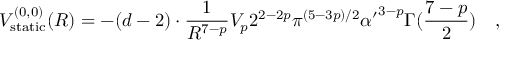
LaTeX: V _ { \mathrm { s t a t i c } } ^ { ( 0 , 0 ) } ( R ) = - ( d - 2 ) \cdot { \frac { 1 } { R ^ { 7 - p } } } V _ { p } 2 ^ { 2 - 2 p } \pi ^ { ( 5 - 3 p ) / 2 } { \alpha ^ { \prime } } ^ { 3 - p } \Gamma ( { \frac { 7 - p } { 2 } } ) \quad ,